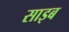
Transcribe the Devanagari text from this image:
साइब